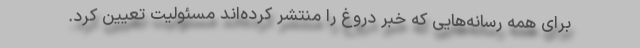
برای همه رسانه‌هایی که خبر دروغ را منتشر کرده‌اند مسئولیت تعیین کرد.